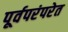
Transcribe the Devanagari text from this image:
पूर्वपरंपरेत